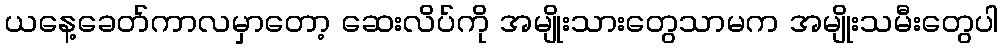
ယနေ့ခေတ်ကာလမှာတော့ ဆေးလိပ်ကို အမျိုးသားတွေသာမက အမျိုးသမီးတွေပါ